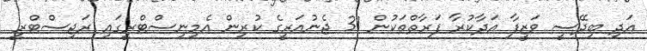
އަދި ބިދޭސީ ވަޒީފާ އަދާކުރާ ފަރާތްތަކުން 31 ޖެނުއަރީގެ ކުރިން އެމިނިސްޓްރީގައި ރަޖިސްޓްރީ